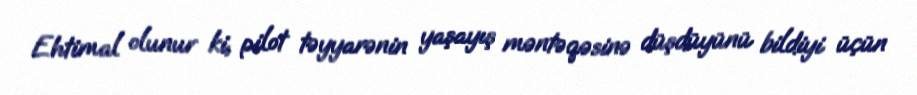
Ehtimal olunur ki, pilot təyyarənin yaşayış məntəqəsinə düşdüyünü bildiyi üçün